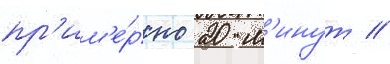
пр'им'е́рно 20 м'инут //